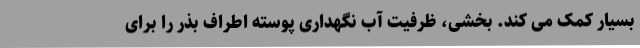
بسیار کمک می کند. بخشی، ظرفیت آب نگهداری پوسته اطراف بذر را برای